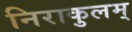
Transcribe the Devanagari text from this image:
निराकुलम्